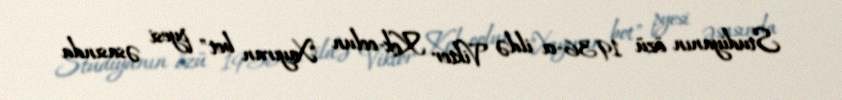
Studiyanın özü 1936-cı ildə Viktor Kok-oolun "Xayıran bot" pyesi əsasında